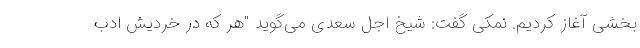
بخشی آغاز کردیم. نمکی گفت: شیخ اجل سعدی می‌‌گوید "هر که در خردیش ادب